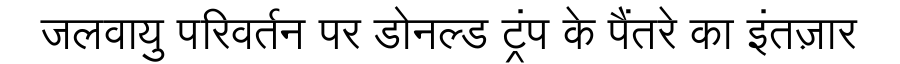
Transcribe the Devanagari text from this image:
जलवायु परिवर्तन पर डोनल्ड ट्रंप के पैंतरे का इंतज़ार